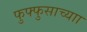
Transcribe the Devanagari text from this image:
फुफ्फुसाच्याा